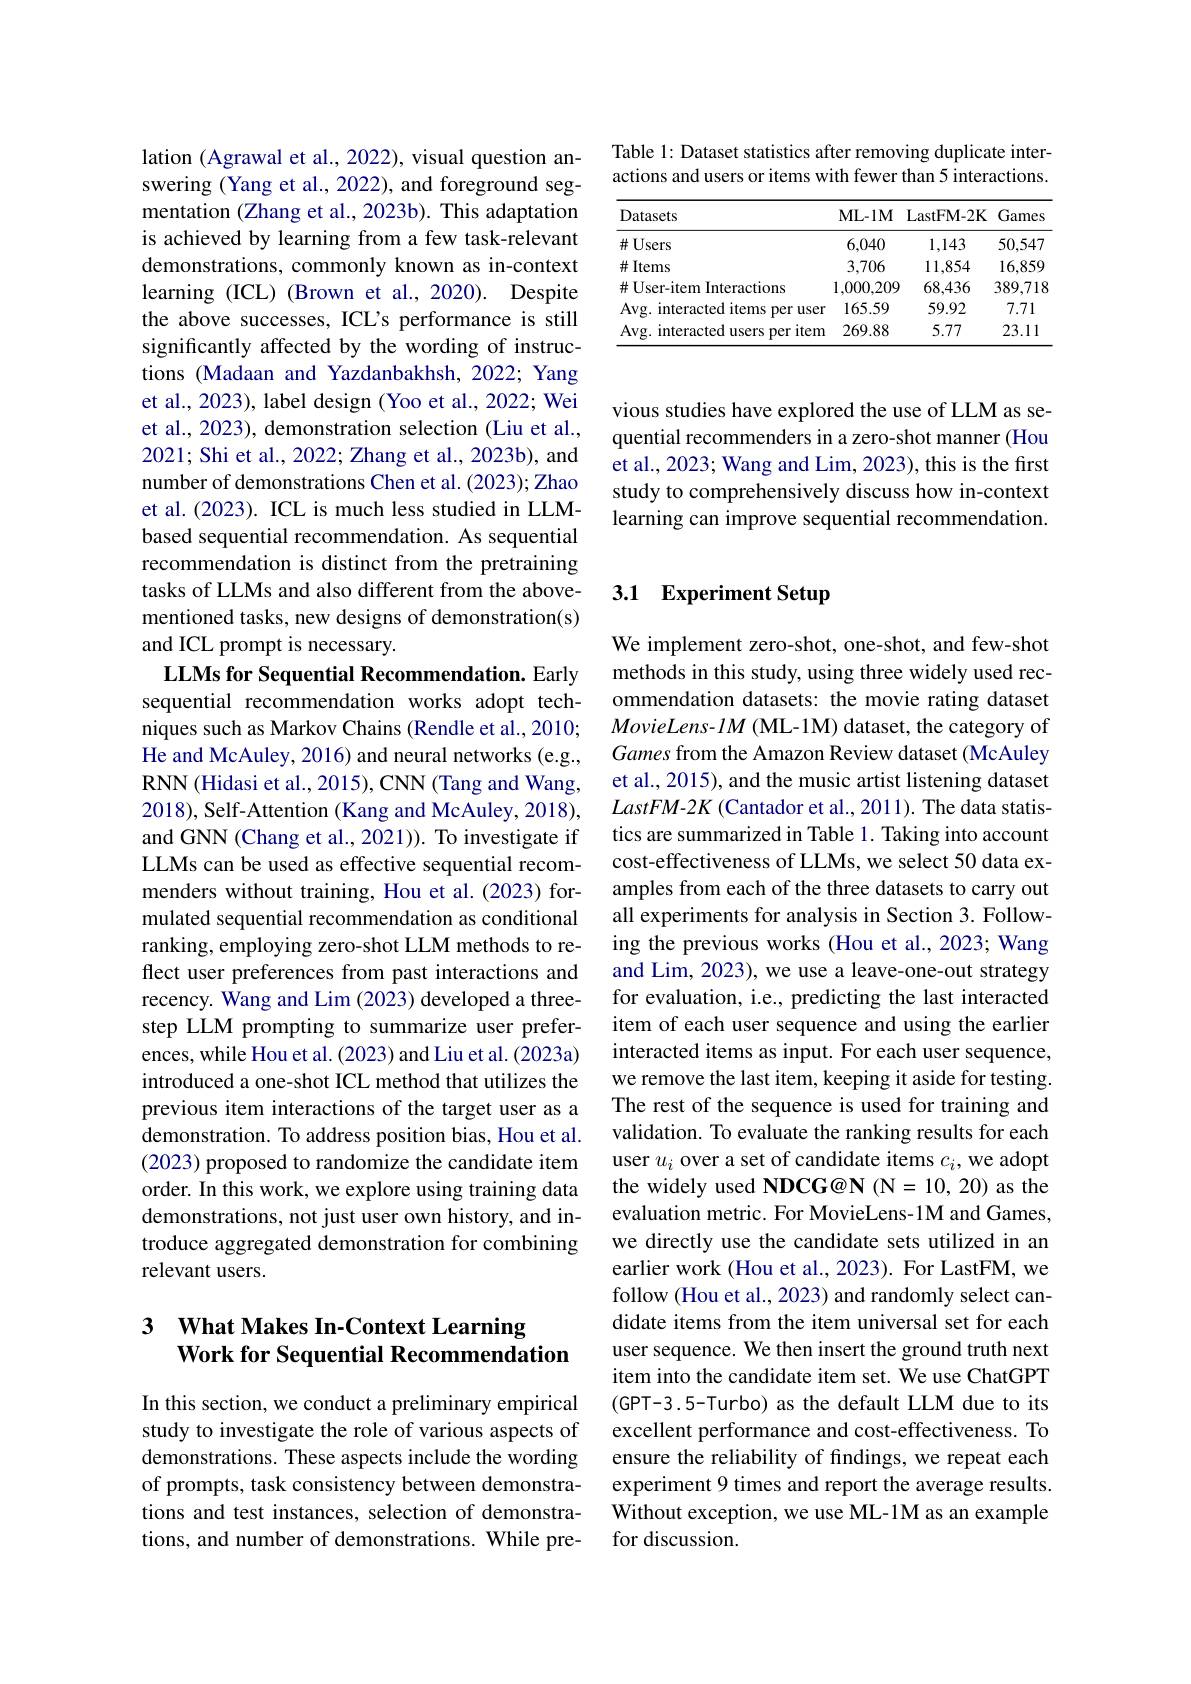
Table 1: Dataset statistics after removing duplicate interactions and users or items with fewer than 5 interactions.

<table>
	<tbody>
		<tr>
			<th>Datasets</th>
			<th>ML- 1M</th>
			<th>LastFM- 2K</th>
			<th>Games </th>
		</tr>
		<tr>
			<td>$\#U$sers</td>
			<td>6,040</td>
			<td>1,143</td>
			<td>50,547</td>
		</tr>
		<tr>
			<td>$\#$ Items</td>
			<td>3,706</td>
			<td>11,854</td>
			<td>16,859</td>
		</tr>
		<tr>
			<td>$\#$User-item Interactions</td>
			<td>1,000,209</td>
			<td>68,436</td>
			<td>389,718</td>
		</tr>
		<tr>
			<td>Avg. interacted items per user</td>
			<td>165.59</td>
			<td>59.92</td>
			<td>7.71</td>
		</tr>
		<tr>
			<td>Avg. interacted users per item</td>
			<td>269.88</td>
			<td>5.77</td>
			<td>23.11</td>
		</tr>
	</tbody>
</table>

vious studies have explored the use of LLM as sequential recommenders in a zero-shot manner (Hou et al., 2023; Wang and Lim, 2023), this is the first study to comprehensively discuss how in-context learning can improve sequential recommendation.

lation (Agrawal et al., 2022), visual question answering (Yang et al., 2022), and foreground segmentation (Zhang et al., 2023b). This adaptation is achieved by learning from a few task-relevant demonstrations, commonly known as in-context learning (ICL) (Brown et al., 2020). Despite the above successes, ICL's performance is still significantly affected by the wording of instructions (Madaan and Yazdanbakhsh, 2022; Yang et al., 2023), label design (Yoo et al., 2022; Wei et al., 2023), demonstration selection (Liu et al., 2021; Shi et al., 2022; Zhang et al., 2023b), and number of demonstrations Chen et al. (2023); Zhao et al. (2023). ICL is much less studied in LLMbased sequential recommendation. As sequential recommendation is distinct from the pretraining tasks of LLMs and also different from the abovementioned tasks, new designs of demonstration(s) and ICL prompt is necessary.
LLMs for Sequential Recommendation. Early

sequential recommendation works adopt techniques such as Markov Chains (Rendle et al., 2010; He and McAuley, 2016) and neural networks (e.g., RNN (Hidasi et al., 2015), CNN (Tang and Wang, 2018), Self-Attention (Kang and McAuley, 2018), and GNN (Chang et al., 2021)). To investigate if LLMs can be used as effective sequential recommenders without training, Hou et al.(2023) formulated sequential recommendation as conditional ranking, employing zero-shot LLM methods to reflect user preferences from past interactions and recency. Wang and Lim (2023) developed a threestep LLM prompting to summarize user preferences, while Hou et al. (2023) and Liu et al. (2023a) introduced a one-shot ICL method that utilizes the previous item interactions of the target user as a demonstration. To address position bias, Hou et al. (2023) proposed to randomize the candidate item order. In this work, we explore using training data demonstrations, not just user own history, and introduce aggregated demonstration for combining relevant users.

### 3 $\textbf{What Makes In- Context Learning}$ Work for Sequential Recommendation

In this section, we conduct a preliminary empirical study to investigate the role of various aspects of demonstrations. These aspects include the wording of prompts, task consistency between demonstrations and test instances, selection of demonstrations, and number of demonstrations. While pre-

# 3.1 Experiment Setup

We implement zero-shot, one-shot, and few-shot methods in this study, using three widely used recommendation datasets: the movie rating dataset $MovieLens-lM$ (ML-1M) dataset, the category of Games from the Amazon Review dataset (McAuley et al., 2015), and the music artist listening dataset LastFM-2K (Cantador et al., 2011). The data statistics are summarized in Table 1. Taking into account cost-effectiveness of LLMs, we select 50 data examples from each of the three datasets to carry out all experiments for analysis in Section 3. Following the previous works (Hou et al., 2023; Wang and Lim, 2023), we use a leave-one-out strategy for evaluation, i.e., predicting the last interacted item of each user sequence and using the earlier interacted items as input. For each user sequence, we remove the last item, keeping it aside for testing. The rest of the sequence is used for training and validation. To evaluate the ranking results for each user $u_i$ over a set of candidate items $c_i$,we adopt the widely used NDCG@N (N=10,20) as the evaluation metric. For MovieLens-1M and Games, we directly use the candidate sets utilized in an earlier work (Hou et al., 2023). For LastFM, we follow (Hou et al., 2023) and randomly select candidate items from the item universal set for each user sequence. We then insert the ground truth next item into the candidate item set. We use ChatGPT (GPT-3.5-Turbo) as the default LLM due to its excellent performance and cost-effectiveness. To ensure the reliability of findings, we repeat each experiment 9 times and report the average results. Without exception, we use ML-1M as an example for discussion.